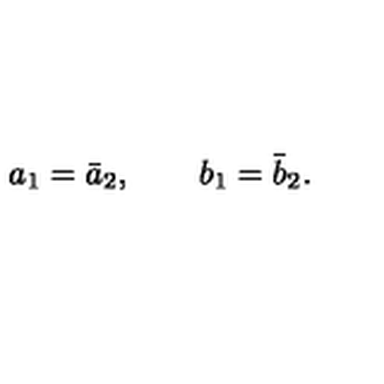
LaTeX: a _ { 1 } = \bar { a } _ { 2 } , \qquad b _ { 1 } = \bar { b } _ { 2 } .